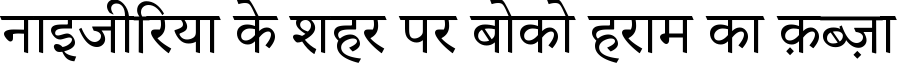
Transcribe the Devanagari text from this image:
नाइजीरिया के शहर पर बोको हराम का क़ब्ज़ा